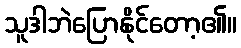
သူဒါဘဲပြောနိုင်တော့၏။